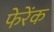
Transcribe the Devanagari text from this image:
फेरेंक